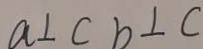
a \bot c b \bot c